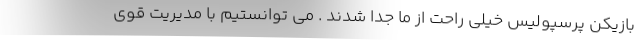
بازیکن پرسپولیس خیلی راحت از ما جدا شدند . می توانستیم با مدیریت قوی